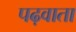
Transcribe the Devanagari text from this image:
पढ़वाता